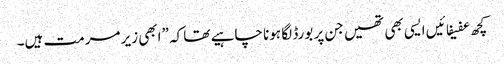
کچھ عفیفائیں ایسی بھی تھیں جن پر بورڈ لگا ہونا چاہیے تھا کہ ”ابھی زیر مرمت ہیں۔